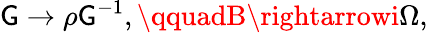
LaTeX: \mathsf{G}\rightarrow\rho\mathsf{G}^{-1},\qquadB\rightarrowi\Omega,